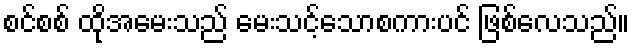
စင်စစ် ထိုအမေးသည် မေးသင့်သောစကားပင် ဖြစ်လေသည်။